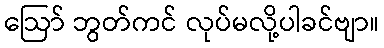
ဩော် ဘွတ်ကင် လုပ်မလို့ပါခင်ဗျာ။